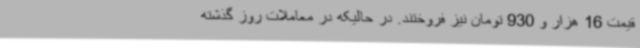
قیمت 16 هزار و 930 تومان نیز فروختند. در حالیکه در معاملات روز گذشته